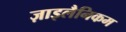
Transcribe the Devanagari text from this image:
ज़ाइलैनिकम